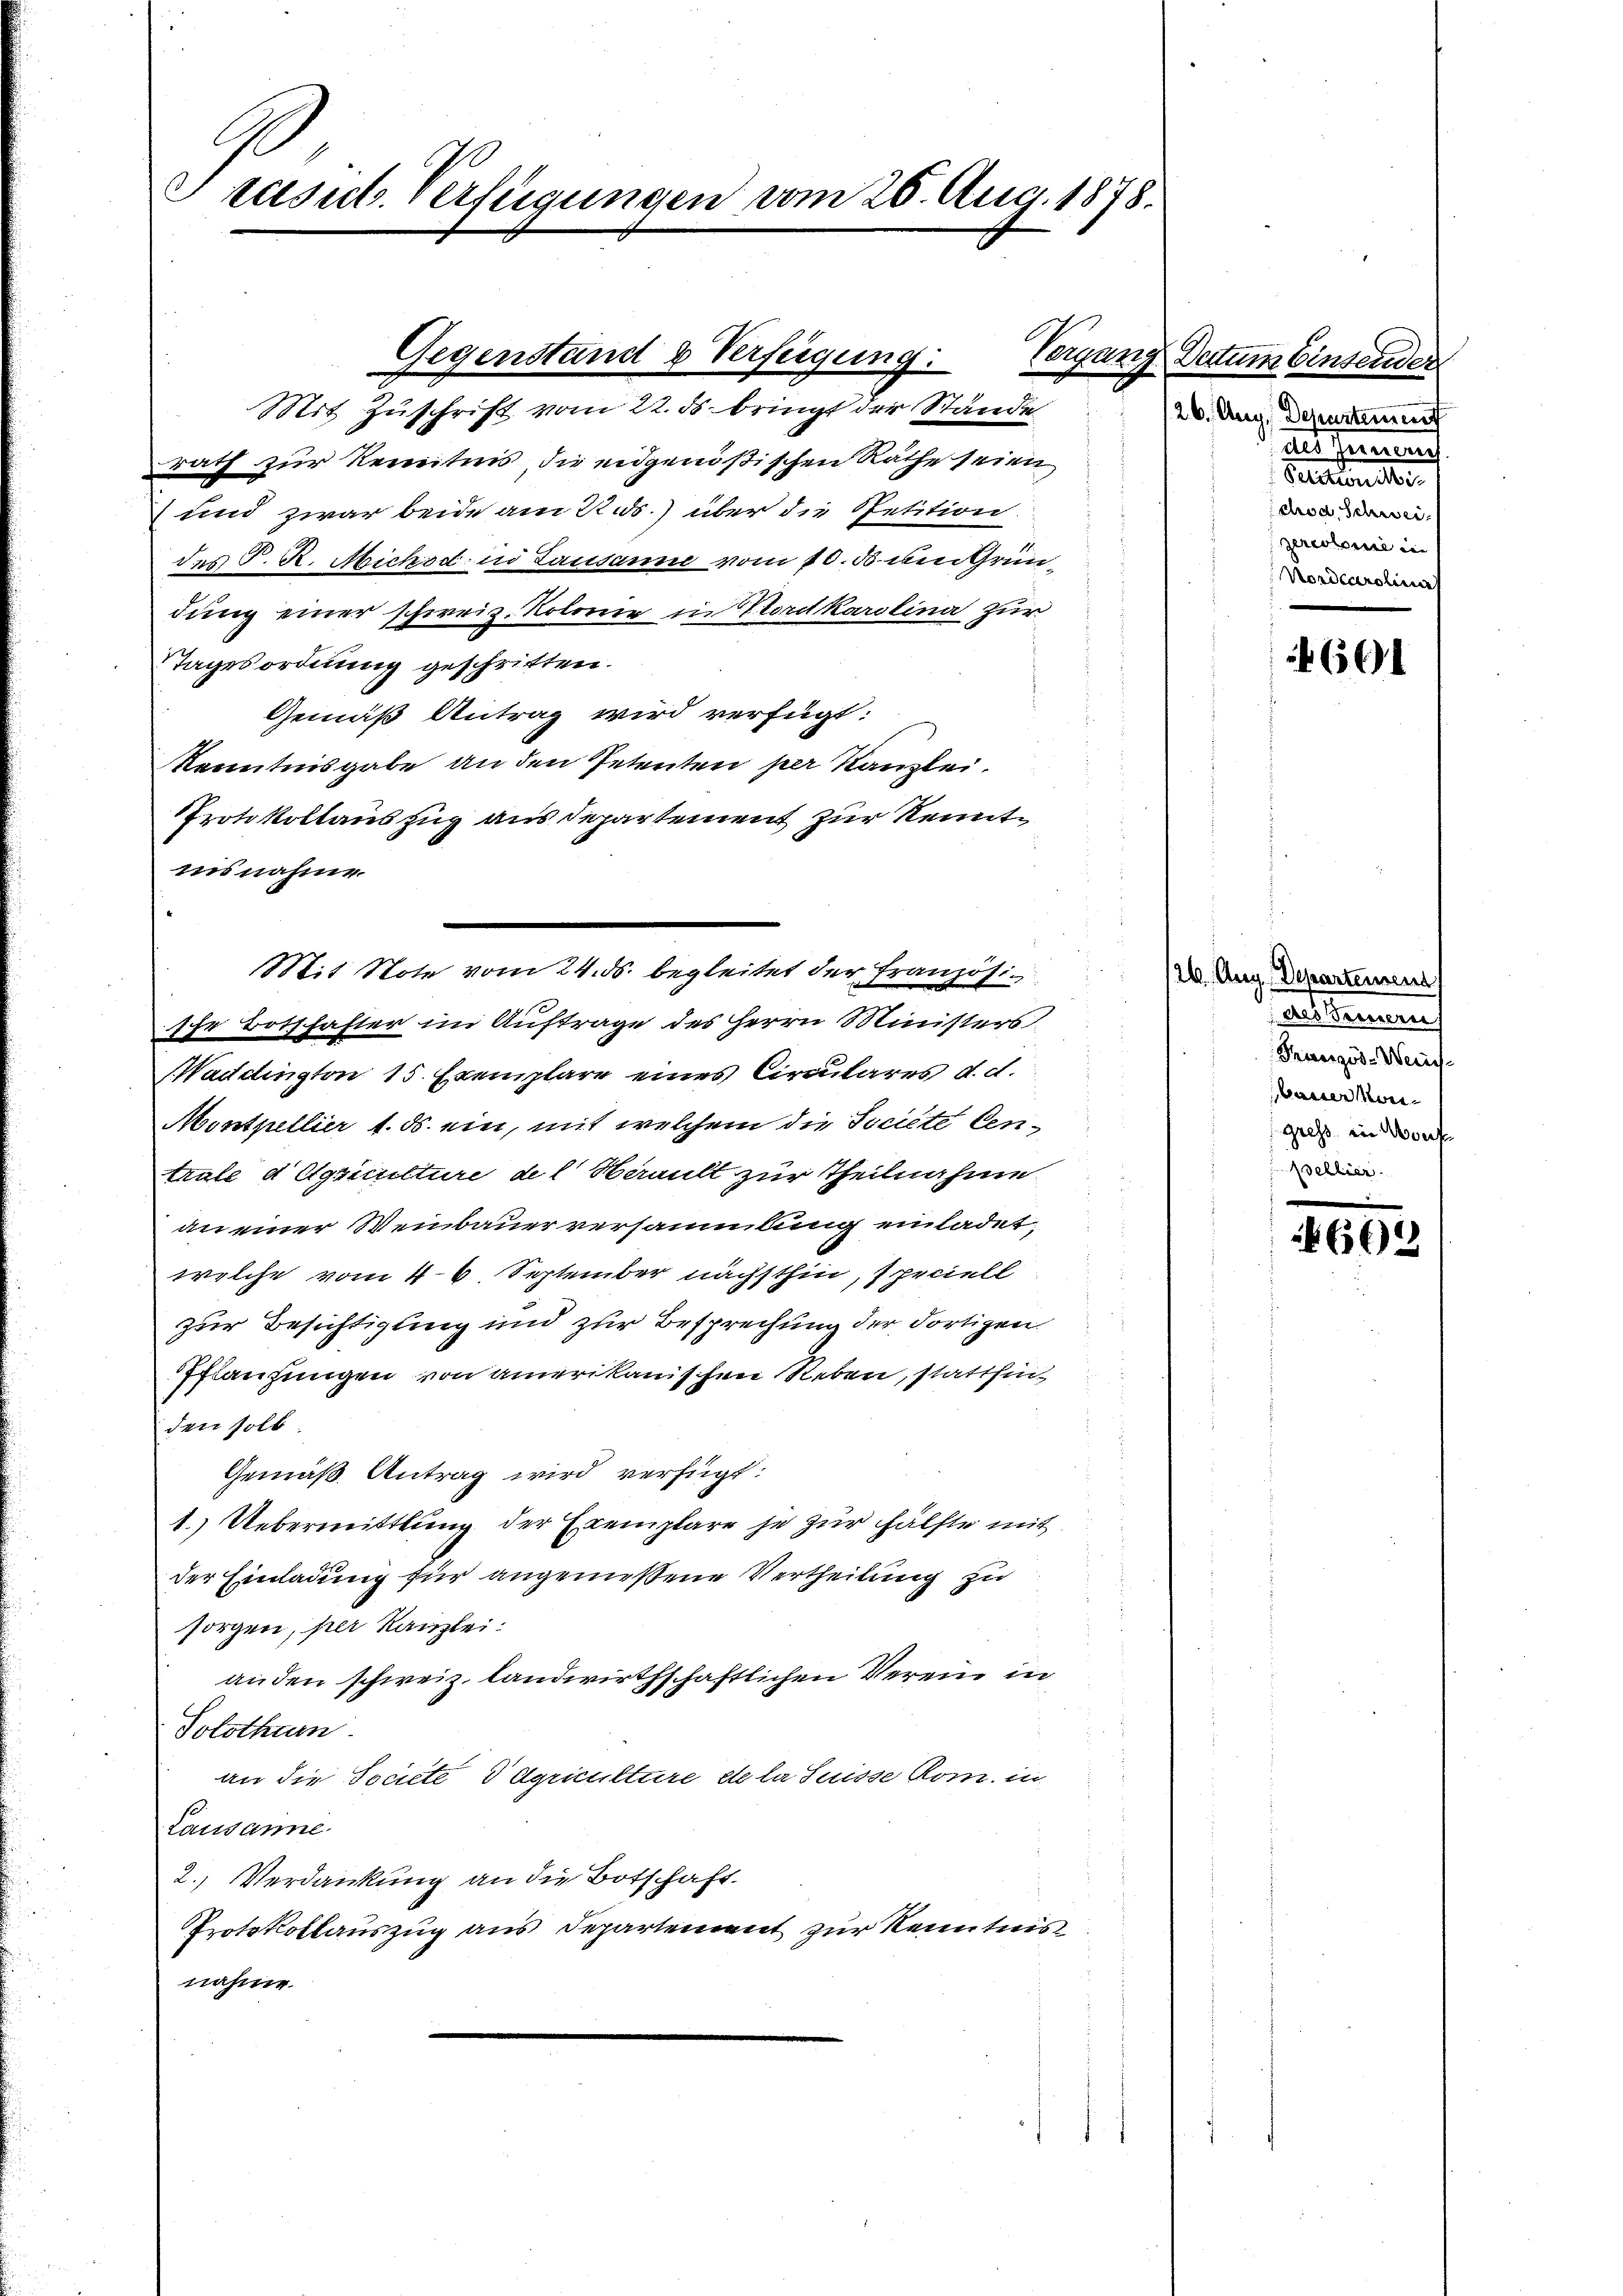
Crasut. Verfügungen vom 26. Aug. 1878.

Gegenstand u Verfeigung:

Mit Zuschrift vom 22. ds bringt der Stände
rath zur Renntnis die eidgenößischen Räthe seien
und zwar beide am 22. ds. über die Spetition
d
das P. R. Michod in Lausanne vom 10. d. den Gründung einer schweiz. Kolonie in Vordkarolina zur
Stagesordnung geschritten.
Gemäß Antrag wird verfügt:
Kenntnisgabe an den Petenten per Kanzlei.
Protokollauszug aus departement zur Kenntinsnahme.
sche Botschafter im Auftrage des Herrn Ministers
Waddington 15 Exemplare eines Circulares d. d.
Montpellier 1. ds. ein, mit welchem die Societe Centrale d Agriculture del Herault zur Theilnahme
an einer Weinbauer versammlung einladet,
welche vom 46 September nächsthin, speciell
zur Besichtigung und zur Besprechung der dortigen
flanzungen von amerikanischen Reben, stattfinden soll
Gemäß Antrag wird verfügt:
1.) Uebermittlung der Exemplare je zur Hälfte mit
der Einladung für angemeßene Vertheilung zu
sorgen, per Kanzlei:
anden schweiz. landwirthschaftlichen Verein in
Solothurn.
an die Societe 3 Agriculture etc la Suisse Rom. in
Lausanne.
2. Verdankung an die Botschaft.
Protokollauszug aus Departement zur Kenntnis
nahme

Mit Note vom 24. ds. begleitet der Französi¬

Vergang Datum binsender
126. Aug. Departemen
als d
ee einen eine
chrod. Schwei
zereotomie die
Nordearolina

26. Aug. Departement
ntemen
Französ-Weins
bainen Meigress, in Worf
Asellier

661

662